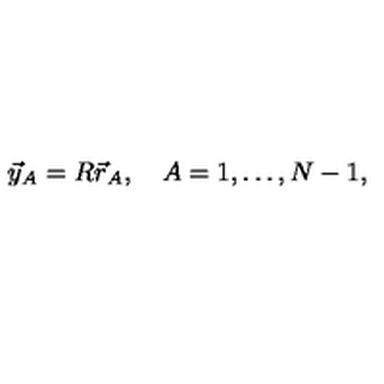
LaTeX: \vec { y } _ { A } = R \vec { r } _ { A } , \quad A = 1 , \dots , N - 1 ,